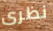
نظرى